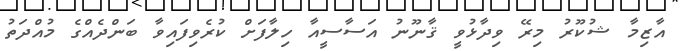
އާޒިމާ ޝުކޫރު މިރޭ ވިދާޅުވީ ޤާނޫނު އަސާސީއާ ހިލާފަށް ކުރެވިފައިވާ ބަންދެއްގެ މުއްދަތު